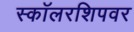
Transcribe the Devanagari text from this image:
स्कॉलरशिपवर